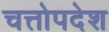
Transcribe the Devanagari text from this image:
चत्तोपदेश